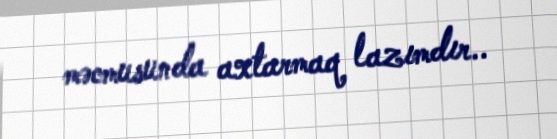
məcmusunda axtarmaq lazımdır..